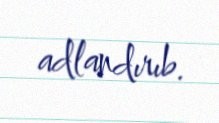
adlandırıb.